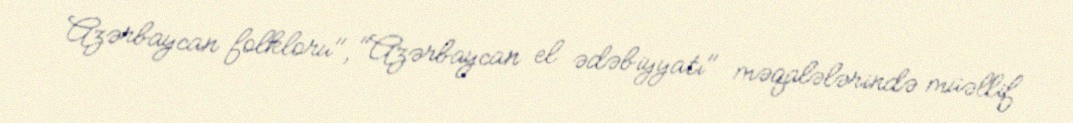
Azərbaycan folkloru", "Azərbaycan el ədəbiyyatı" məqalələrində müəllif